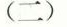
(二)